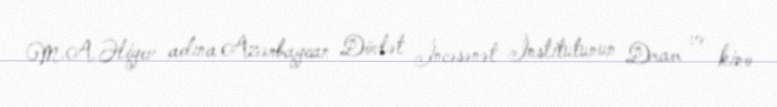
M.A.Əliyev adına Azərbaycan Dövlət İncəsənət İnstitutunun Dram və kino